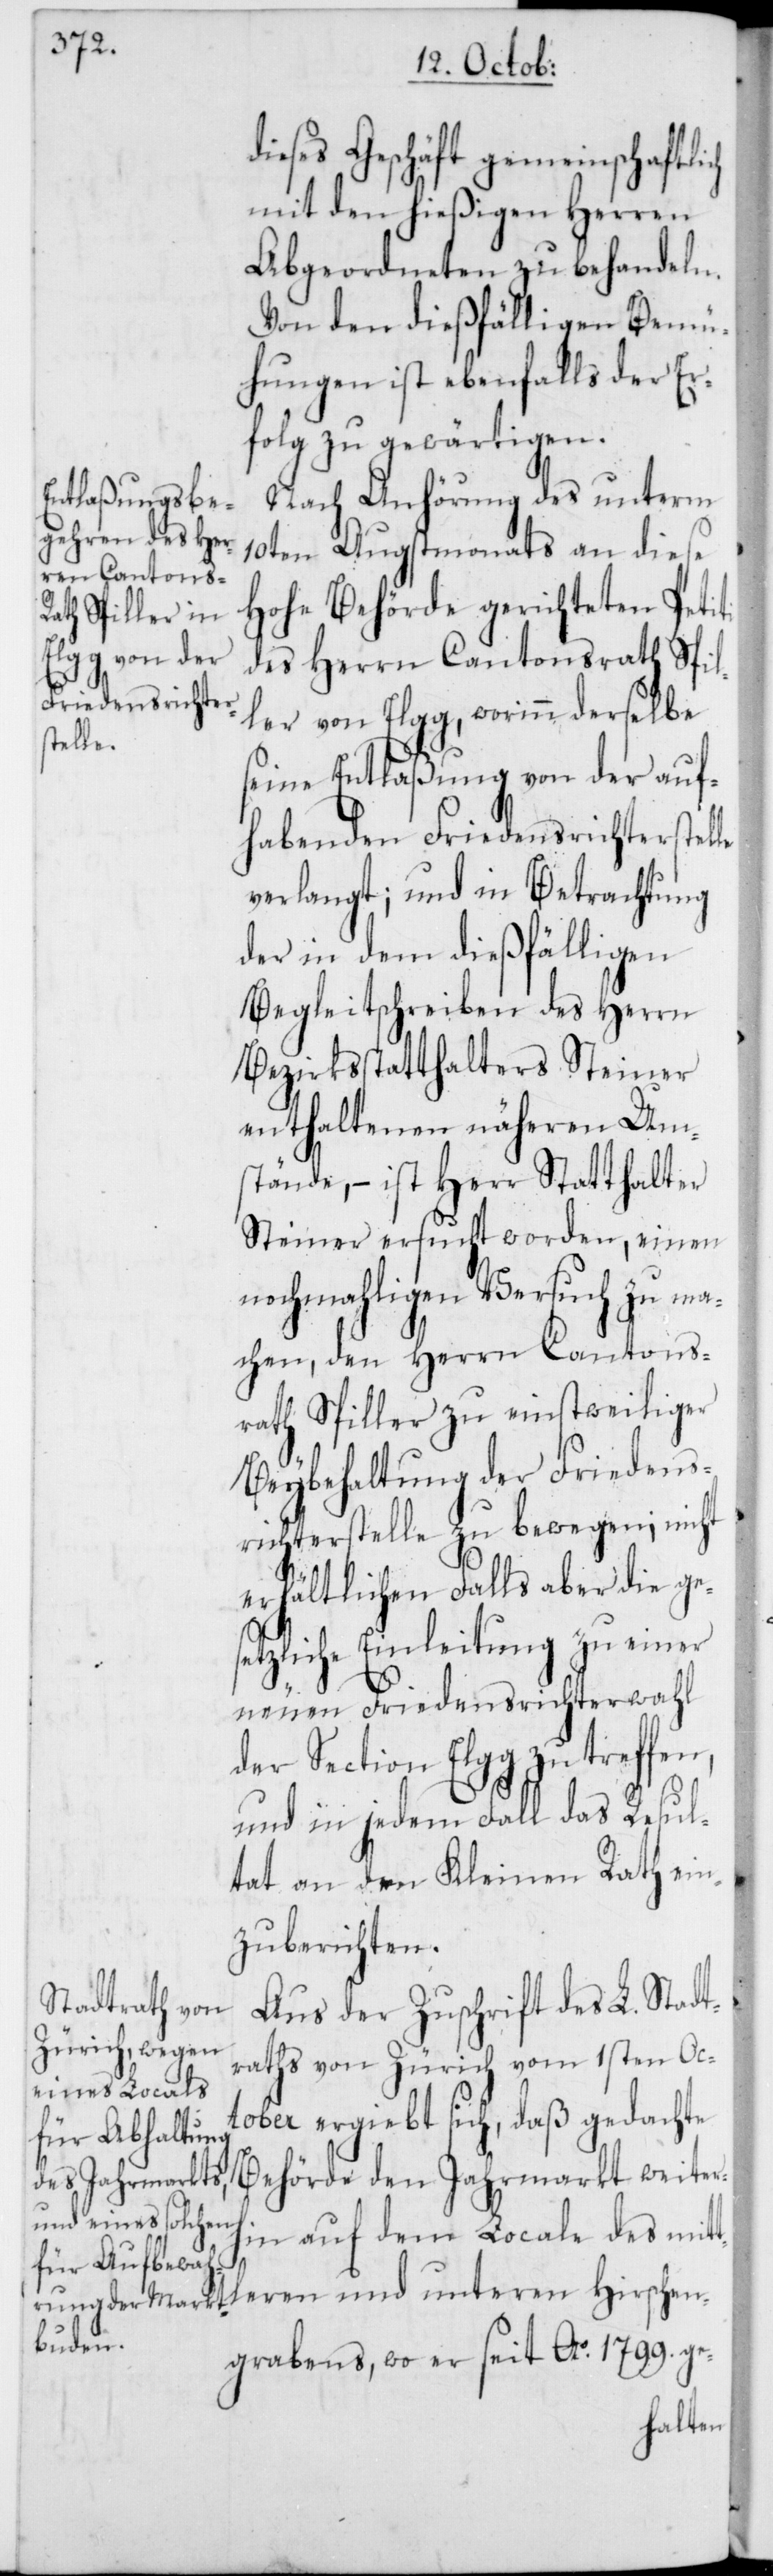
dieses Geschäft gemeinschaftlich
mit den hießigen Herren
Abgeordneten zu behandeln.
Von den dießfälligen Bemü¬
hungen ist ebenfalls der Er¬
folg zu gewärtigen.
Nach Anhörung des unterm
10ten Augstmonats an diese
Hohe Behörde gerichteten Petiti
des Herrn Cantonsrath Spil¬
ler von Elgg, worinn derselbe
tleren
seine Entlaßung von der auf¬
habenden Friedensrichterstel¬
verlangt; und in Betrachtung
der in dem dießfälligen
Begleitschreiben des Herrn
Bezirksstatthalters Steiner
enthaltenen näheren Um¬
stände, – ist Herr Statthalter
Steiner ersucht worden, einen
nochmahligen Versuch zu ma¬
chen, den Herrn Cantons¬
rath Spiller zu einstweiliger
Beybehaltung der Friedens¬
richterstelle zu bewegen; nicht
erhältlichen Falls aber die ge¬
setzliche Einleitung zu einer
le
neuen Friedensrichterwahl
der Section Elgg zu treffen,
und in jedem Fall das Resul¬
tat an den Kleinen Rath ein¬
zuberichten.
Aus der Zuschrift des L. Stadt¬
raths von Zürich vom 1sten Oc¬
tober ergiebt sich, daß gedachte
Behörde den Jahrmarkt weiterh¬
in auf dem Locale des mit¬
Hirschen¬
grabens, wo er seit Ao. 1799. ge-